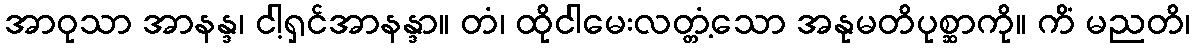
အာဝုသာ အာနန္ဒ၊ ငါ့ရှင်အာနန္ဒာ။ တံ၊ ထိုငါမေးလတ္တံ့သော အနုမတိပုစ္ဆာကို။ ကိံ မညတိ၊